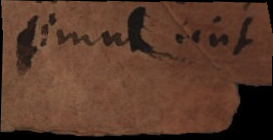
simul sint